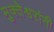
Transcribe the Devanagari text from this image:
मुक्तेश्वरांनी